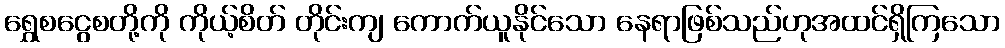
ရွှေစငွေစတို့ကို ကိုယ့်စိတ် တိုင်းကျ ကောက်ယူနိုင်သော နေရာဖြစ်သည်ဟုအထင်ရှိကြသော